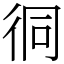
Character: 㣚